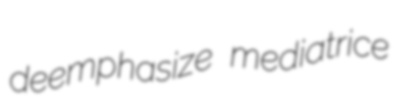
deemphasize mediatrice